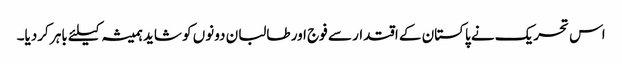
اس تحریک نے پاکستان کے اقتدار سے فوج اور طالبان دونوں کو شاید ہمیشہ کیلئے باہر کردیا۔